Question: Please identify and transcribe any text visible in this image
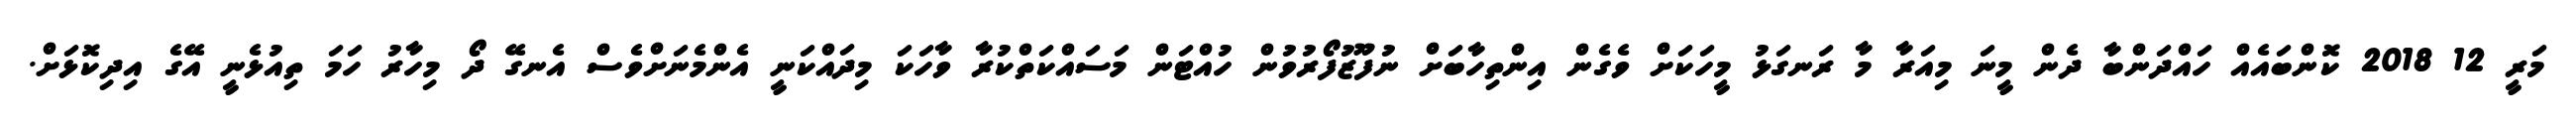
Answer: މަރީ 12 2018 ކޮންބައެއް ހައްދަންބާ ދެން މީނަ މިއަރާ މާ ރަނގަޅު މީހަކަށް ވެގެން އިންތިހާބަށް ނުފޫޒުފޯރުވުން ހުއްޓަން މަސައްކަތްކުރާ ވާހަކަ މިދައްކަނީ އެންމެނަށްވެސް އެނގޭ ދޯ މިހާރު ހަމަ ތިއުޅެނީ އޭގެ އިދިކޮޅަށް.